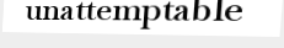
unattemptable